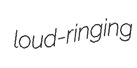
loud-ringing